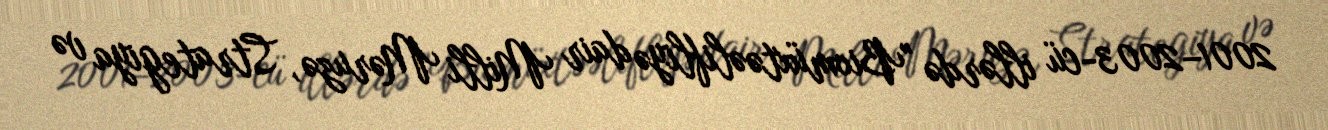
2001–2003-cü illərdə "Biomüxtəəlifliyə dair Milli Məruzə, Strategiya və